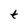
Character: t